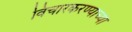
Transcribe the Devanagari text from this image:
विचारकरण्याच्या